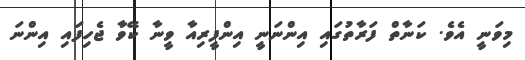
މިވަނީ އެވެ. ކަނާތް ފަރާތުގައި އިންނަނީ އިންފީރިއާ ވީނާ ކޭވާ ޖެހިފައި އިންނަ